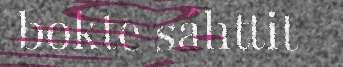
bokte sáhttit